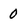
Character: 0